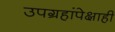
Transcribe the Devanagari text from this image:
उपग्रहांपेक्षाही